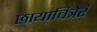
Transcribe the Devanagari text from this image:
छायाचित्रेरं